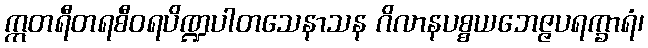
ဣတရီတရစီဝရပိဏ္ဍပါတသေနာသန ဂိလာနပစ္စယဘေဇ္ဇပရက္ခာရံ၊